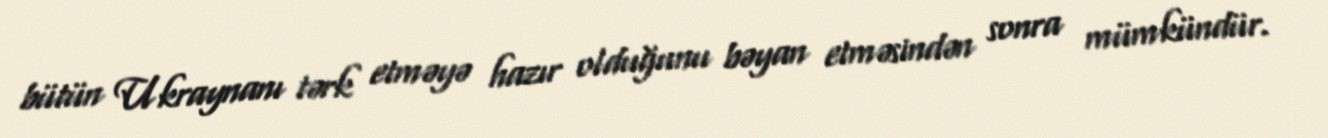
bütün Ukraynanı tərk etməyə hazır olduğunu bəyan etməsindən sonra mümkündür.